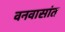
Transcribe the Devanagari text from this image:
वनवासांत